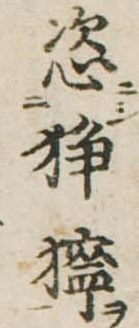
恣狰獰